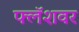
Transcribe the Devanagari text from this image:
फ्लॅशवर